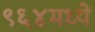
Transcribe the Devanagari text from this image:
९६४मध्ये